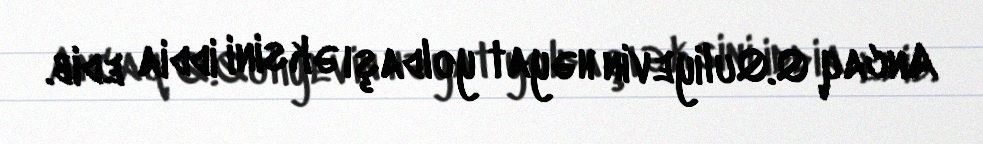
Ancaq Q.Quliyevin həyat yoldaşı əksini iddia edib.